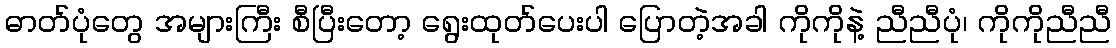
ဓာတ်ပုံတွေ အများကြီး စီပြီးတော့ ရွေးထုတ်ပေးပါ ပြောတဲ့အခါ ကိုကိုနဲ့ ညီညီပုံ၊ ကိုကိုညီညီ